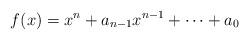
LaTeX: \begin{align*}f(x)=x^n+a_{n-1}x^{n-1}+\dots+a_0\end{align*}